Scientific memoirs by medical officers of the Army of India - Part X,
Year: 1897
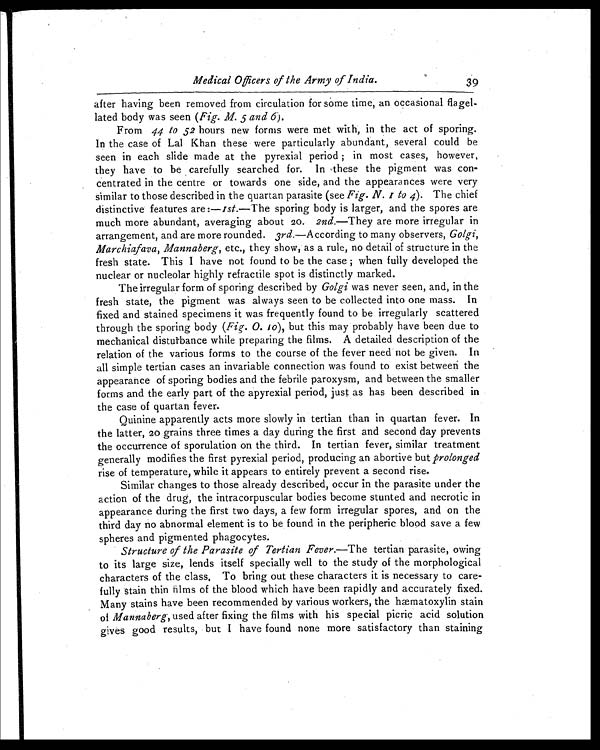
Medical Officers of the Army of India.
39
after having been removed from circulation for some time, an occasional flagel-
lated body was seen ( Fig. M. 5 and 6 ).
From 44 to 52 hours new forms were met with, in the act of sporing.
In the case of Lal Khan these were particularly abundant, several could be
seen in each slide made at the pyrexial period ; in most cases, however,
they have to be carefully searched for. In these the pigment was con-
centrated in the centre or towards one side, and the appearances were very
similar to those described in the quartan parasite (see Fig. N. 1 to 4) The chief
distinctive features are :—1st.—The sporing body is larger, and the spores are
much more abundant, averaging about 20. 2nd.—They are more irregular in
arrangement, and are more rounded. 3rd.—According to many observers, Golgi,
Marchiafava, Mannaberg, etc., they show, as a rule, no detail of structure in the
fresh state. This I have not found to be the case ; when fully developed the
nuclear or nucleolar highly refractile spot is distinctly marked.
The irregular form of sporing described by Golgi was never seen, and, in the
fresh state, the pigment was always seen to be collected into one mass. In
fixed and stained specimens it was frequently found to be irregularly scattered
through the sporing body ( Fig. 0. 10), but this may probably have been due to
mechanical disturbance while preparing the films. A detailed description of the
relation of the various forms to the course of the fever need not be given. In
all simple tertian cases an invariable connection was found to exist between the
appearance of sporing bodies and the febrile paroxysm, and between the smaller
forms and the early part of the apyrexial period, just as has been described in
the case of quartan fever.
Quinine apparently acts more slowly in tertian than in quartan fever. In
the latter, 20 grains three times a day during the first and second day prevents
the occurrence of sporulation on the third. In tertian fever, similar treatment
generally modifies the first pyrexial period, producing an abortive but prolonged
rise of temperature, while it appears to entirely prevent a second rise.
Similar changes to those already described, occur in the parasite under the
action of the drug, the intracorpuscular bodies become stunted and necrotic in
appearance during the first two days, a few form irregular spores, and on the
third day no abnormal element is to be found in the peripheric blood save a few
spheres and pigmented phagocytes.
Structure of the Parasite of Tertian Fever. — T h e t e r t i a n p a r a s i t e , o w i n g
to its large size, lends itself specially well to the study of the morphological
characters of the class. To bring out these characters it is necessary to care-
fully stain thin films of the blood which have been rapidly and accurately fixed.
Many stains have been recommended by various workers, the hæmatoxylin stain
of Mannaberg, used after fixing the films with his special picric acid solution
gives good results, but I have found none more satisfactory than staining